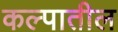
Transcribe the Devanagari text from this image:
कल्पातील